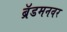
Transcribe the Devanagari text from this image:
ब्रॅडमनवर